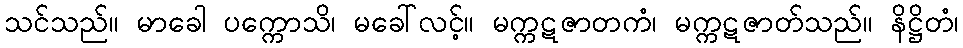
သင်သည်။ မာခေါ ပက္ကောသိ၊ မခေါ်လင့်။ မက္ကဋဇာတကံ၊ မက္ကဋဇာတ်သည်။ နိဋ္ဌိတံ၊